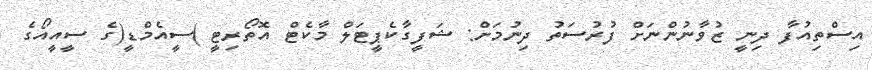
އިސްތިއުފާ ދިނީ ޒުވާނުންނަށް ފުރުސަތު ދިނުމަށް: ޝަަފީގާކެޕީޓަލް މާކެޓް އޮތޯރިޓީ )ސީއެމްޑީ(ގެ ސީއީއޯގެ